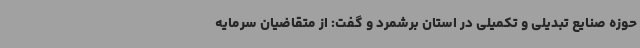
حوزه صنایع تبدیلی و تکمیلی در استان برشمرد و گفت: از متقاضیان سرمایه